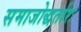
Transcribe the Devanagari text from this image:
समाजोद्धर्तारः